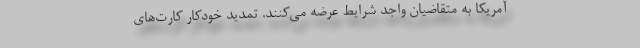
آمریکا به متقاضیان واجد شرایط عرضه می‌کنند. تمدید خودکار کارت‌های